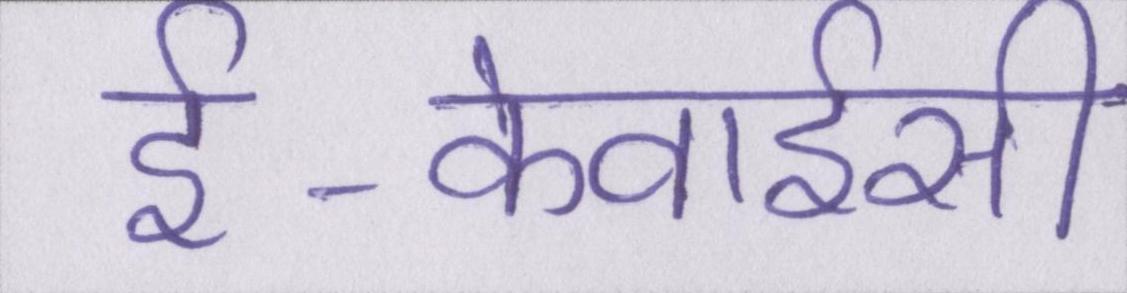
ई-केवाईसी